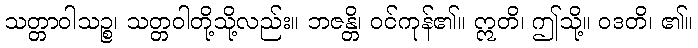
သတ္တာဝါသဉ္စ၊ သတ္တဝါတို့သို့လည်း။ ဘဇန္တိ၊ ဝင်ကုန်၏။ ဣတိ၊ ဤသို့။ ဝဒတိ၊ ၏။